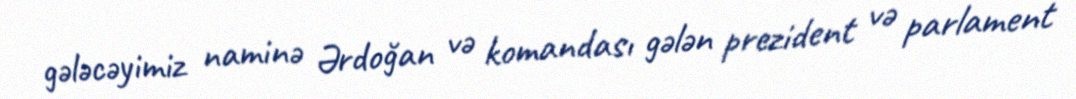
gələcəyimiz naminə Ərdoğan və komandası gələn prezident və parlament